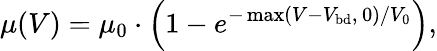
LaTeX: \mu(V)=\mu_{0}\cdot\left(1-e^{-\operatorname*{max}(V-V_{\mathrm{bd}},\, 0)/V_{0}}\right),